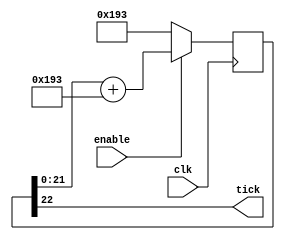
`timescale 1ns / 1ps
//////////////////////////////////////////////////////////////////////////////////
// Company: 
// Engineer: 
// 
// Design Name: 
// Module Name: BaudTickGen
// Project Name: 
// Target Devices: 
// Tool Versions: 
// Description: 
// 
// Dependencies: 
// 
// Revision:
// Revision 0.01 - File Created
// Additional Comments:
// 
//////////////////////////////////////////////////////////////////////////////////




////////////////////////////////////////////////////////
module BaudTickGen(
	input clk, enable,
	output tick  // generate a tick at the specified baud rate * oversampling
);
parameter ClkFrequency = 100000000;
parameter Baud = 9600;
parameter Oversampling = 1;

function integer log2(input integer v); begin log2=0; while(v>>log2) log2=log2+1; end endfunction
localparam AccWidth = log2(ClkFrequency/Baud)+8;  // +/- 2% max timing error over a byte
reg [AccWidth:0] Acc = 0;
localparam ShiftLimiter = log2(Baud*Oversampling >> (31-AccWidth));  // this makes sure Inc calculation doesn't overflow
localparam Inc = ((Baud*Oversampling << (AccWidth-ShiftLimiter))+(ClkFrequency>>(ShiftLimiter+1)))/(ClkFrequency>>ShiftLimiter);
always @(posedge clk) if(enable) Acc <= Acc[AccWidth-1:0] + Inc[AccWidth:0]; else Acc <= Inc[AccWidth:0];
assign tick = Acc[AccWidth];
endmodule